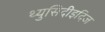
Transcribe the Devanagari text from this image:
थ्युसिदीइदिज